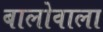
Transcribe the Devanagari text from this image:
बालोवाला